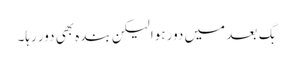
بَگ بعد میں دور ہوا لیکن بندہ بھی دور رہا۔